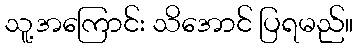
သူ့အကြောင်း သိအောင် ပြရမည်။